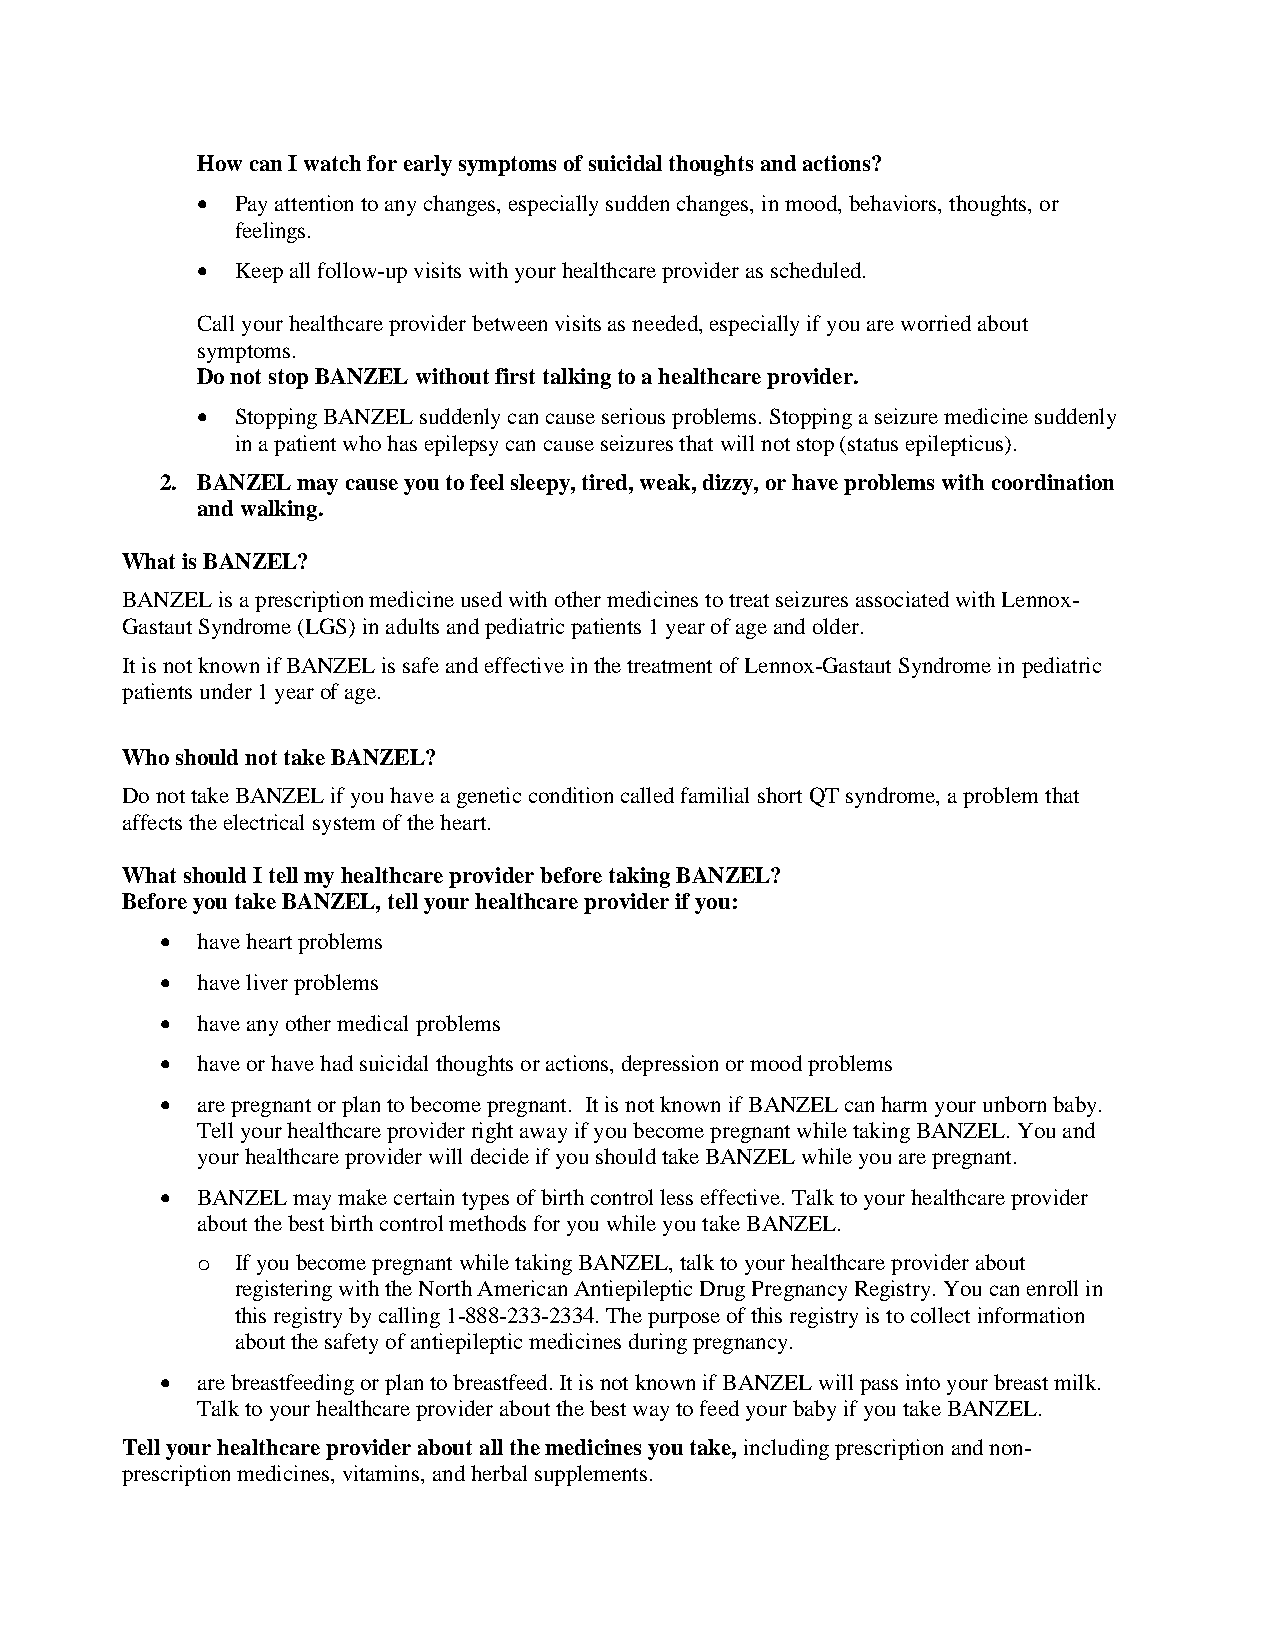
How can I watch for early symptoms of suicidal thoughts and actions?
   Pay attention to any changes, especially sudden changes, in mood, behaviors, thoughts, or
 feelings.
   Keep all follow-up visits with your healthcare provider as scheduled.
 Call your healthcare provider between visits as needed, especially if you are worried about
 symptoms.
 Do not stop BANZEL without first talking to a healthcare provider.
   Stopping BANZEL suddenly can cause serious problems. Stopping a seizure medicine suddenly
 in a patient who has epilepsy can cause seizures that will not stop (status epilepticus).
 2. BANZEL may cause you to feel sleepy, tired, weak, dizzy, or have problems with coordination
 and walking.
 What is BANZEL?
 BANZEL is a prescription medicine used with other medicines to treat seizures associated with Lennox-
 Gastaut Syndrome (LGS) in adults and pediatric patients 1 year of age and older.
 It is not known if BANZEL is safe and effective in the treatment of Lennox-Gastaut Syndrome in pediatric
 patients under 1 year of age.
 Who should not take BANZEL?
 Do not take BANZEL if you have a genetic condition called familial short QT syndrome, a problem that
 affects the electrical system of the heart.
 What should I tell my healthcare provider before taking BANZEL?
 Before you take BANZEL, tell your healthcare provider if you:
  have heart problems
  have liver problems
  have any other medical problems
  have or have had suicidal thoughts or actions, depression or mood problems
  are pregnant or plan to become pregnant. It is not known if BANZEL can harm your unborn baby.
 Tell your healthcare provider right away if you become pregnant while taking BANZEL. You and
 your healthcare provider will decide if you should take BANZEL while you are pregnant.
  BANZEL may make certain types of birth control less effective. Talk to your healthcare provider
 about the best birth control methods for you while you take BANZEL.
 o  If you become pregnant while taking BANZEL, talk to your healthcare provider about
 registering with the North American Antiepileptic Drug Pregnancy Registry. You can enroll in
 this registry by calling 1-888-233-2334. The purpose of this registry is to collect information
 about the safety of antiepileptic medicines during pregnancy.
  are breastfeeding or plan to breastfeed. It is not known if BANZEL will pass into your breast milk.
 Talk to your healthcare provider about the best way to feed your baby if you take BANZEL.
 Tell your healthcare provider about all the medicines you take, including prescription and non-
 prescription medicines, vitamins, and herbal supplements.